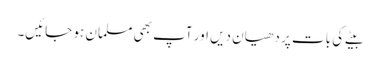
بیٹے کی بات پر دھیان دیں اور آپ بھی مسلمان ہو جائیں۔